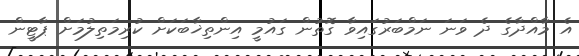
އެ މާއްދާގެ ދެ ވަނަ ނަމްބަރުގައިވާ ގޮތުން ގައުމީ އިންތިޚާބަކަށް ކުރިމަތިލުމަށް ޕާޓީން